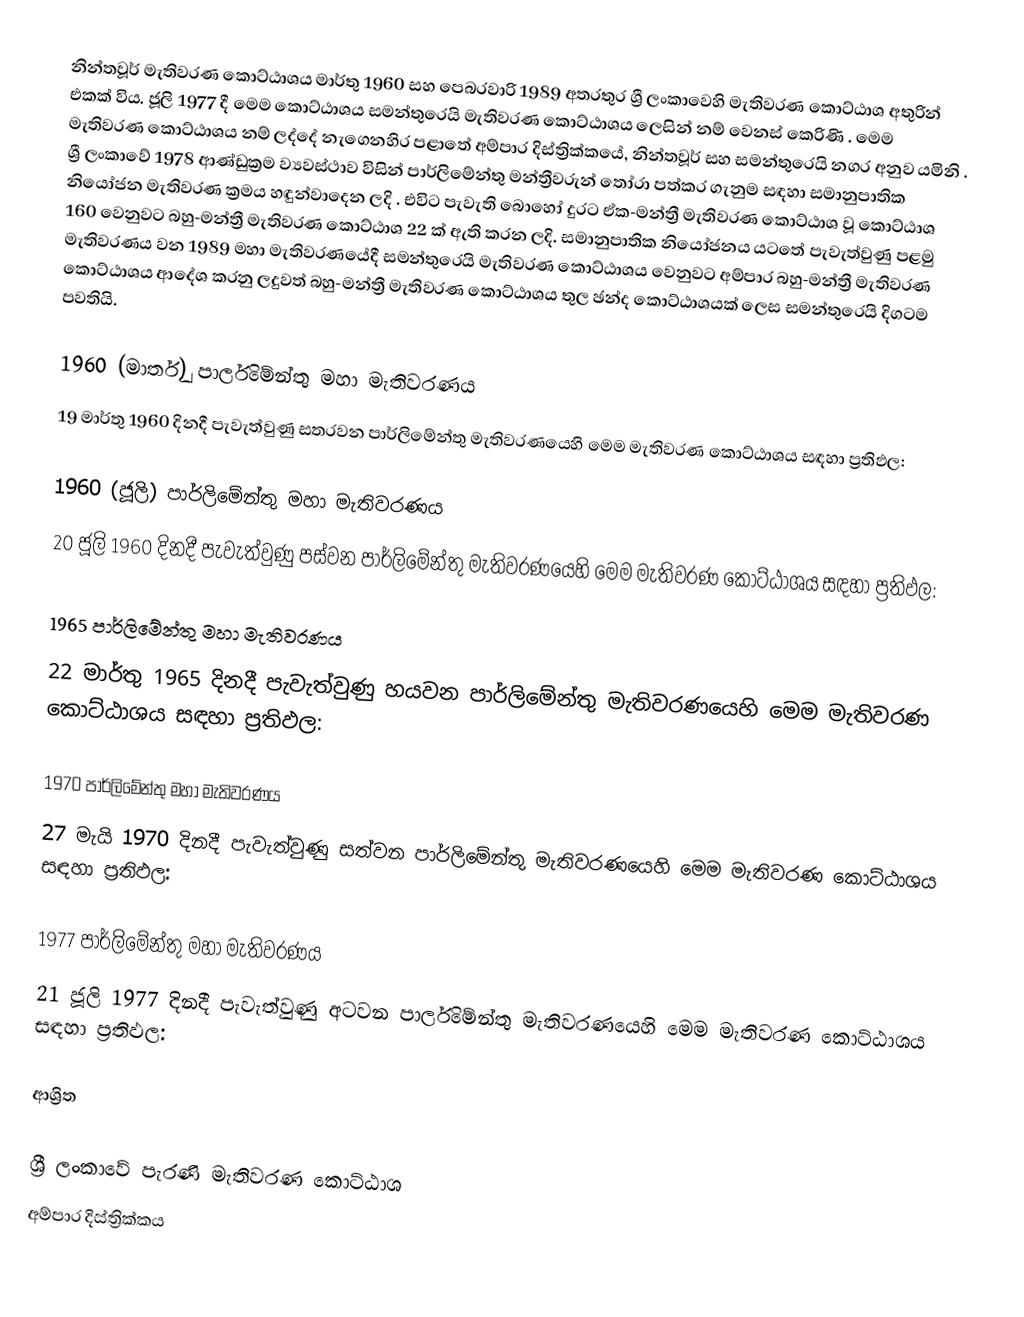
නින්තවූර් මැතිවරණ කොට්ඨාශය  මාර්තු 1960 සහ පෙබරවාරි 1989 අතරතුර  ශ්‍රී ලංකාවෙහි  මැතිවරණ කොට්ඨාශ අතුරින් එකක් විය. ජූලි 1977 දී මෙම කොට්ඨාශය සමන්තුරෙයි මැතිවරණ කොට්ඨාශය ලෙසින් නම් වෙනස් කෙරිණි  . මෙම මැතිවරණ කොට්ඨාශය නම් ලද්දේ  නැගෙනහිර පළාතේ  අම්පාර දිස්ත්‍රික්කයේ,  නින්තවූර් සහ සමන්තුරෙයි නගර අනුව යමිනි . ශ්‍රී ලංකාවේ 1978 ආණ්ඩුක්‍රම ව්‍යවස්ථාව විසින්   පාර්ලිමේන්තු මන්ත්‍රීවරුන් තෝරා පත්කර ගැනුම සඳහා සමානුපාතික නියෝජන මැතිවරණ ක්‍රමය හඳුන්වාදෙන ලදි . එවිට පැවැති බොහෝ දුරට  ඒක-මන්ත්‍රී මැතිවරණ කොට්ඨාශ වූ කොට්ඨාශ 160 වෙනුවට බහු-මන්ත්‍රී මැතිවරණ කොට්ඨාශ 22 ක් ඇති කරන ලදි. සමානුපාතික නියෝජනය යටතේ පැවැත්වුණු  පළමු මැතිවරණය වන 1989 මහා මැතිවරණයේදී  සමන්තුරෙයි මැතිවරණ කොට්ඨාශය වෙනුවට  අම්පාර බහු-මන්ත්‍රී මැතිවරණ කොට්ඨාශය  ආදේශ කරනු ලදුවත් බහු-මන්ත්‍රී මැතිවරණ කොට්ඨාශය තුල ඡන්ද කොට්ඨාශයක් ලෙස සමන්තුරෙයි දිගටම පවතියි.

1960 (මාර්තු) පාර්ලිමේන්තු මහා මැතිවරණය
19 මාර්තු 1960 දිනදී පැවැත්වුණු   සතරවන පාර්ලිමේන්තු මැතිවරණයෙහි මෙම මැතිවරණ කොට්ඨාශය සඳහා ප්‍රතිඵල:

1960 (ජූලි) පාර්ලිමේන්තු මහා මැතිවරණය
20 ජූලි 1960 දිනදී පැවැත්වුණු   පස්වන පාර්ලිමේන්තු මැතිවරණයෙහි මෙම මැතිවරණ කොට්ඨාශය සඳහා ප්‍රතිඵල:

1965 පාර්ලිමේන්තු මහා මැතිවරණය
22 මාර්තු 1965  දිනදී පැවැත්වුණු   හයවන පාර්ලිමේන්තු මැතිවරණයෙහි මෙම මැතිවරණ කොට්ඨාශය සඳහා ප්‍රතිඵල:

1970 පාර්ලිමේන්තු මහා මැතිවරණය
27 මැයි 1970 දිනදී පැවැත්වුණු   සත්වන පාර්ලිමේන්තු මැතිවරණයෙහි මෙම මැතිවරණ කොට්ඨාශය සඳහා ප්‍රතිඵල:

1977 පාර්ලිමේන්තු මහා මැතිවරණය
21 ජූලි 1977 දිනදී පැවැත්වුණු   අටවන පාර්ලිමේන්තු මැතිවරණයෙහි මෙම මැතිවරණ කොට්ඨාශය සඳහා ප්‍රතිඵල:

ආශ්‍රිත

ශ්‍රී ලංකාවේ පැරණි මැතිවරණ කොට්ඨාශ
අම්පාර දිස්ත්‍රික්කය